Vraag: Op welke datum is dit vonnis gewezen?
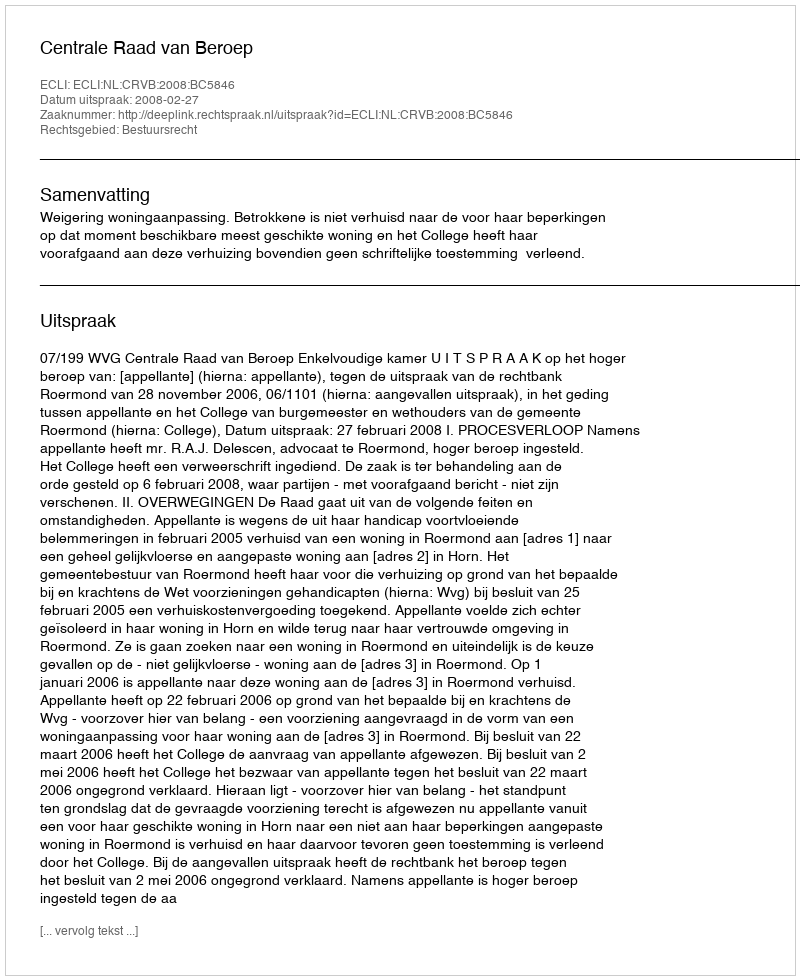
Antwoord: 2008-02-27